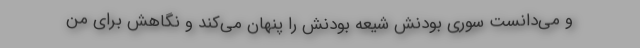
و می‌دانست سوری بودنش شیعه بودنش را پنهان می‌کند و نگاهش برای من